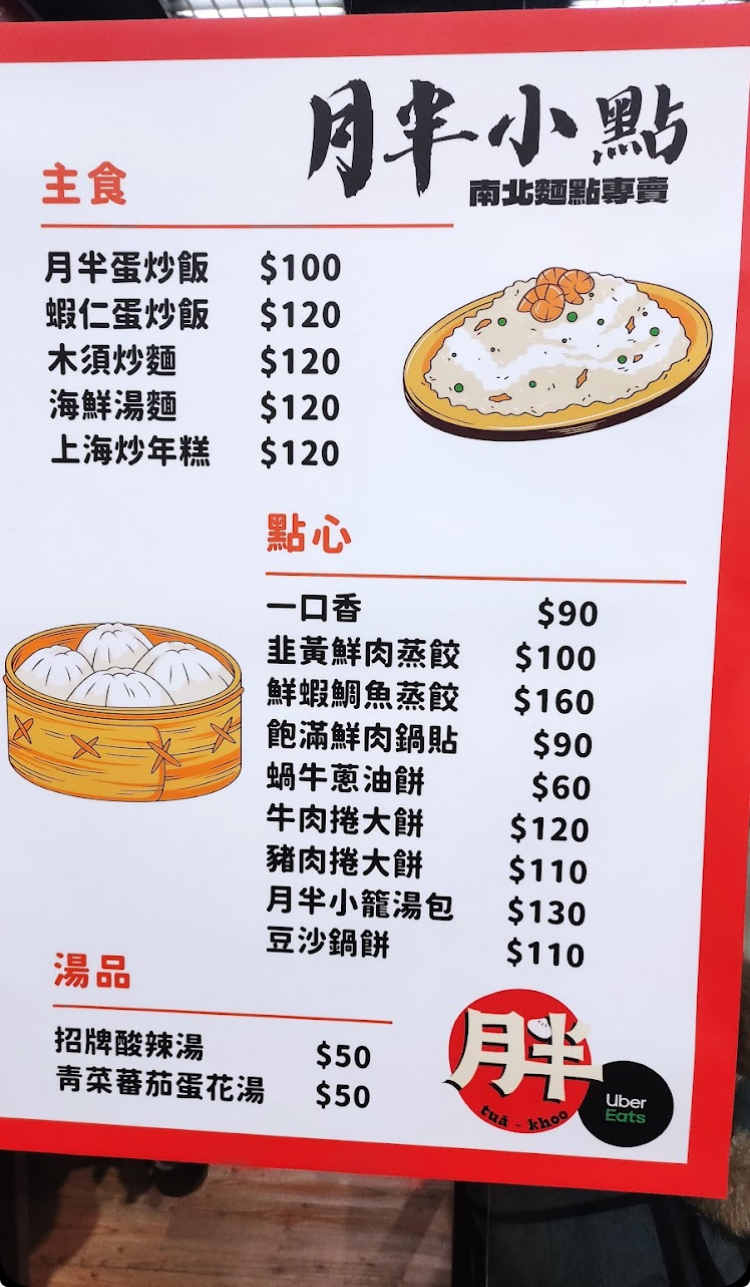
餐廳：月半小點
菜單：
name: 月半蛋炒飯
price: 100
name: 蝦仁蛋炒飯
price: 120
name: 木須炒麵
price: 120
name: 海鮮湯麵
price: 120
name: 上海炒年糕
price: 120
name: 一口香
price: 90
name: 韭黃鮮肉蒸餃
price: 100
name: 鮮蝦鯛魚蒸餃
price: 160
name: 飽滿鮮肉鍋貼
price: 90
name: 蝸牛蔥油餅
price: 60
name: 牛肉捲大餅
price: 120
name: 豬肉捲大餅
price: 110
name: 月半小籠湯包
price: 130
name: 豆沙鍋餅
price: 110
name: 招牌酸辣湯
price: 50
name: 青菜蕃茄蛋花湯
price: 50